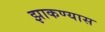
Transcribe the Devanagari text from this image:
झाकण्यास